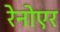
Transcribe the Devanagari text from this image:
रेनोएर